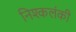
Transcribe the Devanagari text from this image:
निश्कलंकी